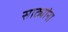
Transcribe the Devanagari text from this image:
साठ्यांना